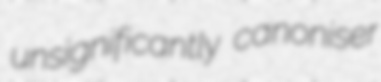
unsignificantly canoniser